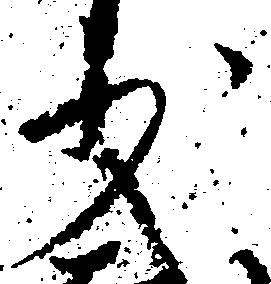
少